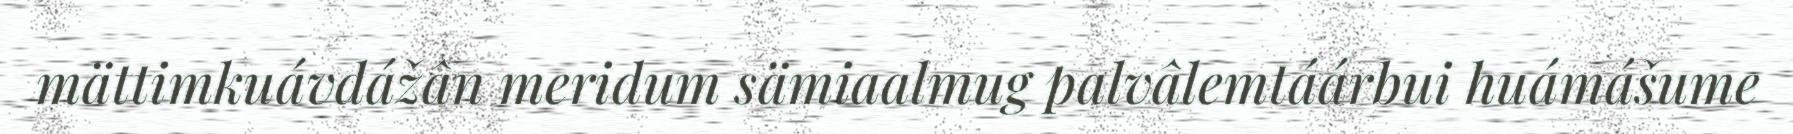
mättimkuávdážân meridum sämiaalmug palvâlemtáárbui huámášume